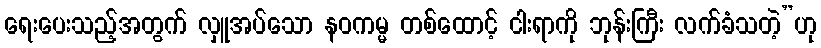
ရေးပေးသည့်အတွက် လှူအပ်သော နဝကမ္မ တစ်ထောင့် ငါးရာကို ဘုန်းကြီး လက်ခံသတဲ့”ဟု